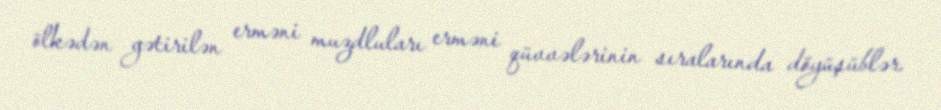
ölkədən gətirilən erməni muzdluları erməni qüvvələrinin sıralarında döyüşüblər.